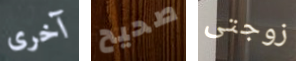
آخرى صحيح زوجتى